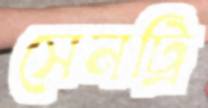
সেনট্রি